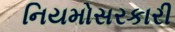
નિયમોસરકારી